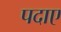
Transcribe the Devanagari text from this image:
पदाए